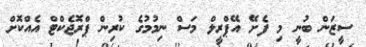
ސީޒަން ބުނީ މި ފެށޭ އޭޕްރީލް މަސް ނިމުމުގެ ކުރިން ޕްރޮޖެކްޓް އެއްކޮށް